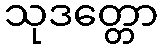
သုဒတ္တော